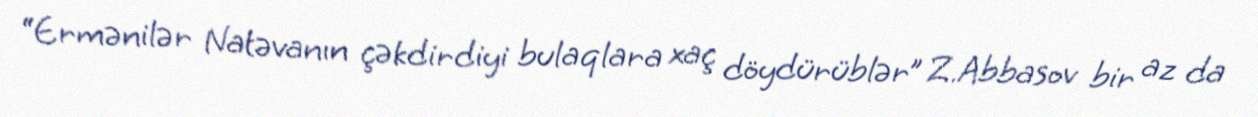
“Ermənilər Natəvanın çəkdirdiyi bulaqlara xaç döydürüblər” Z.Abbasov bir az da